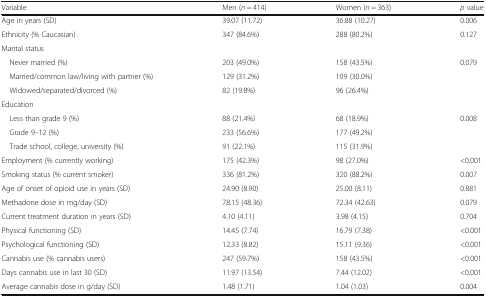
<table><thead><tr><td><b>Variable</b></td><td><b>Men (<i>n</i> = 414)</b></td><td><b>Women (<i>n</i> = 363)</b></td><td><b><i>p</i> value</b></td></tr></thead><tbody><tr><td>Age in years (SD)</td><td>39.07 (11.72)</td><td>36.88 (10.27)</td><td>0.006</td></tr><tr><td>Ethnicity (% Caucasian)</td><td>347 (84.6%)</td><td>288 (80.2%)</td><td>0.127</td></tr><tr><td colspan="4">Marital status</td></tr><tr><td> Never married (%)</td><td>203 (49.0%)</td><td>158 (43.5%)</td><td>0.079</td></tr><tr><td> Married/common law/living with partner (%)</td><td>129 (31.2%)</td><td>109 (30.0%)</td><td></td></tr><tr><td> Widowed/separated/divorced (%)</td><td>82 (19.8%)</td><td>96 (26.4%)</td><td></td></tr><tr><td colspan="4">Education</td></tr><tr><td> Less than grade 9 (%)</td><td>88 (21.4%)</td><td>68 (18.9%)</td><td>0.008</td></tr><tr><td> Grade 9–12 (%)</td><td>233 (56.6%)</td><td>177 (49.2%)</td><td></td></tr><tr><td> Trade school, college, university (%)</td><td>91 (22.1%)</td><td>115 (31.9%)</td><td></td></tr><tr><td>Employment (% currently working)</td><td>175 (42.3%)</td><td>98 (27.0%)</td><td>&lt;0.001</td></tr><tr><td>Smoking status (% current smoker)</td><td>336 (81.2%)</td><td>320 (88.2%)</td><td>0.007</td></tr><tr><td>Age of onset of opioid use in years (SD)</td><td>24.90 (8.90)</td><td>25.00 (8.11)</td><td>0.881</td></tr><tr><td>Methadone dose in mg/day (SD)</td><td>78.15 (48.36)</td><td>72.34 (42.63)</td><td>0.079</td></tr><tr><td>Current treatment duration in years (SD)</td><td>4.10 (4.11)</td><td>3.98 (4.15)</td><td>0.704</td></tr><tr><td>Physical functioning (SD)</td><td>14.45 (7.74)</td><td>16.79 (7.38)</td><td>&lt;0.001</td></tr><tr><td>Psychological functioning (SD)</td><td>12.33 (8.82)</td><td>15.11 (9.36)</td><td>&lt;0.001</td></tr><tr><td>Cannabis use (% cannabis users)</td><td>247 (59.7%)</td><td>158 (43.5%)</td><td>&lt;0.001</td></tr><tr><td>Days cannabis use in last 30 (SD)</td><td>11.97 (13.54)</td><td>7.44 (12.02)</td><td>&lt;0.001</td></tr><tr><td>Average cannabis dose in g/day (SD)</td><td>1.48 (1.71)</td><td>1.04 (1.03)</td><td>0.004</td></tr></tbody></table>